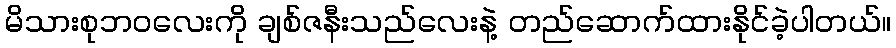
မိသားစုဘဝလေးကို ချစ်ဇနီးသည်လေးနဲ့ တည်ဆောက်ထားနိုင်ခဲ့ပါတယ်။